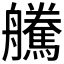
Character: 𦫀